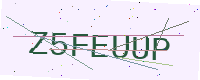
Text: Z5FEUUP